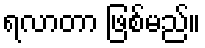
ရလာတာ ဖြစ်မည်။